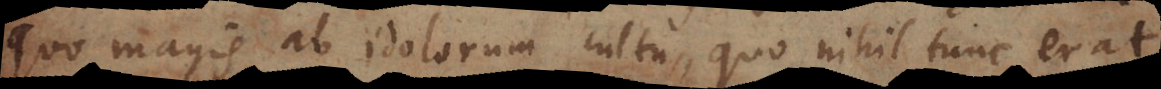
quo magis ab idolorum cultu, quo nihil tunc erat